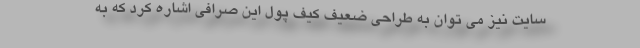
سايت نيز مي توان به طراحي ضعيف كيف پول اين صرافي اشاره کرد كه به